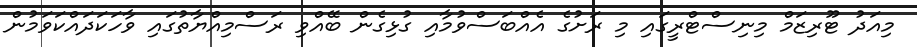
މިއަދު ޓޫރިޒަމް މިނިސްޓްރީގައި މި ރަށުގެ އެއްބަސްވުމާއި ގުޅިގެން ބޭއްވި ރަސްމިއްޔާތުގައި ވާހަކަދައްކަވަމުން